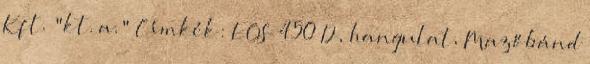
Kft. "kt. a." Címkék: EOS 450 D, hangulat, Mazőbánd